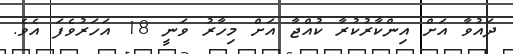
ދައުވާ އަށް އިންކާރުކުރާ ކުއްޖާ އަށް މިހާރު ވަނީ 18 އަހަރުވެފަ އެވެ.